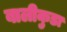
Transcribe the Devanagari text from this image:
बालीकुडा